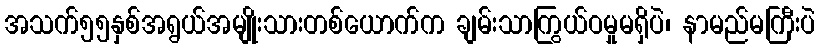
အသက်၅၅နှစ်အရွယ်အမျိုးသားတစ်ယောက်က ချမ်းသာကြွယ်ဝမှုမရှိပဲ၊ နာမည်မကြီးပဲ